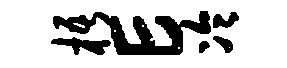
梧E冷